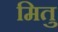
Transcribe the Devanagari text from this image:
मितु